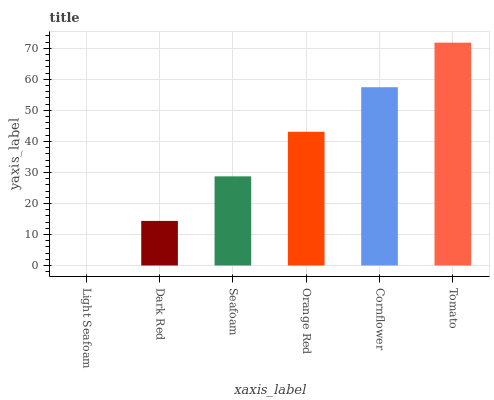
| xaxis_label | bars |
 | --- | --- |
 | Light Seafoam | 0 |
 | Dark Red | 14.4 |
 | Seafoam | 28.7 |
 | Orange Red | 43.1 |
 | Cornflower | 57.5 |
 | Tomato | 71.8 |